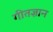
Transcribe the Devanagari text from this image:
गीतज्ञान